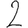
Digit: 2